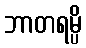
ဘာတရမ္ပိ